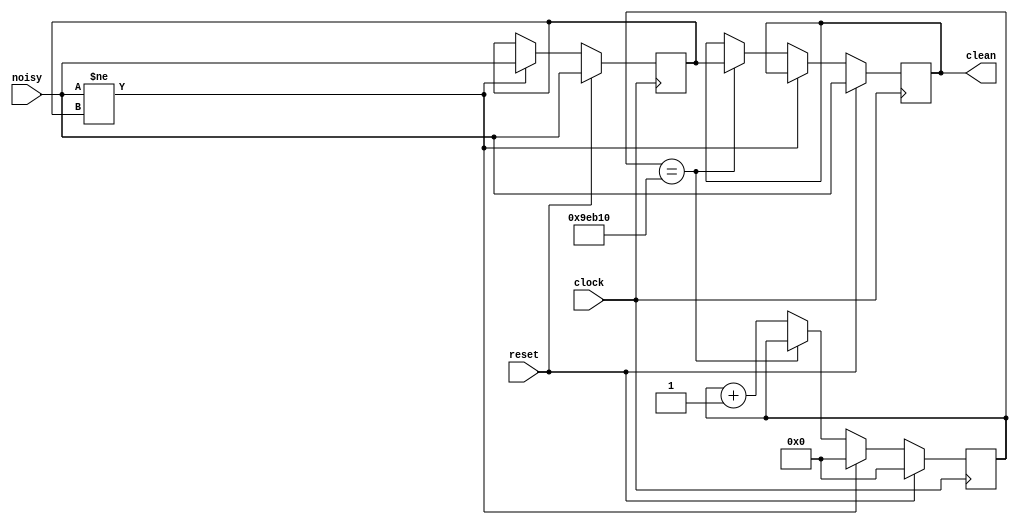
`timescale 1ns / 1ps
//////////////////////////////////////////////////////////////////////////////////
// Company: 
// Engineer: 
// 
// Design Name: 
// Module Name:    debounce 
// Project Name: 
// Target Devices: 
// Tool versions: 
// Description: Pushbutton Debounce Module (video version - 24 bits)  
//
// Dependencies: 
//
// Revision: 
// Revision 0.01 - File Created
// Additional Comments: 
//
//////////////////////////////////////////////////////////////////////////////////

module debounce (input reset, clock, noisy,
                 output reg clean);

	reg [19:0] count;
    reg new;

    always @(posedge clock)
		if (reset) begin new <= noisy; clean <= noisy; count <= 0; end
		else if (noisy != new) begin new <= noisy; count <= 0; end
		else if (count == 650000) clean <= new;
		else count <= count+1;

endmodule